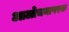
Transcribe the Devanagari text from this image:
आलोचनापरक